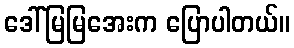
ဒေါ်မြမြအေးက ပြောပါတယ်။